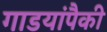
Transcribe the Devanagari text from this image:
गाडयांपैकी